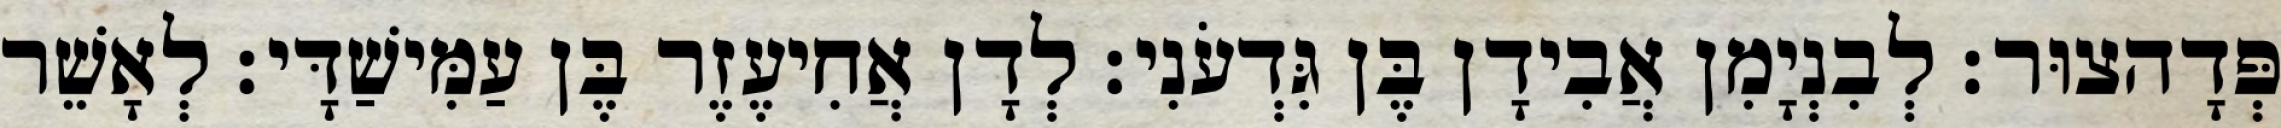
פְּדָהצוּר׃ לְבִנְיָמִן אֲבִידָן בֶּן גִּדְעֹנִי׃ לְדָן אֲחִיעֶזֶר בֶּן עַמִּישַׁדָּי׃ לְאָשֵׁר